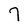
Character: 7